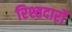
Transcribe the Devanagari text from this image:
रिश्तदारों